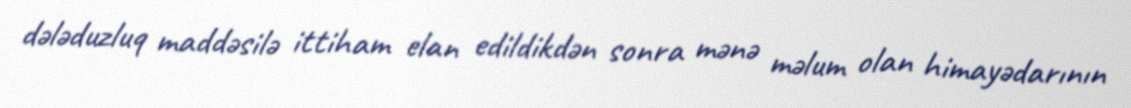
dələduzluq maddəsilə ittiham elan edildikdən sonra mənə məlum olan himayədarının